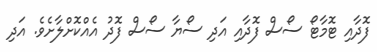
ފޮދާއި ޓޮމާޓޯ ސޯސް ފޮދާއި އަދި ސޯޔާ ސޯސް ފޮދު އެއްކޮށްލާށެވެ. އަދި